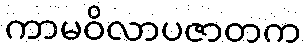
ကာမဝိလာပဇာတက